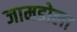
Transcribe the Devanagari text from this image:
जामडोला